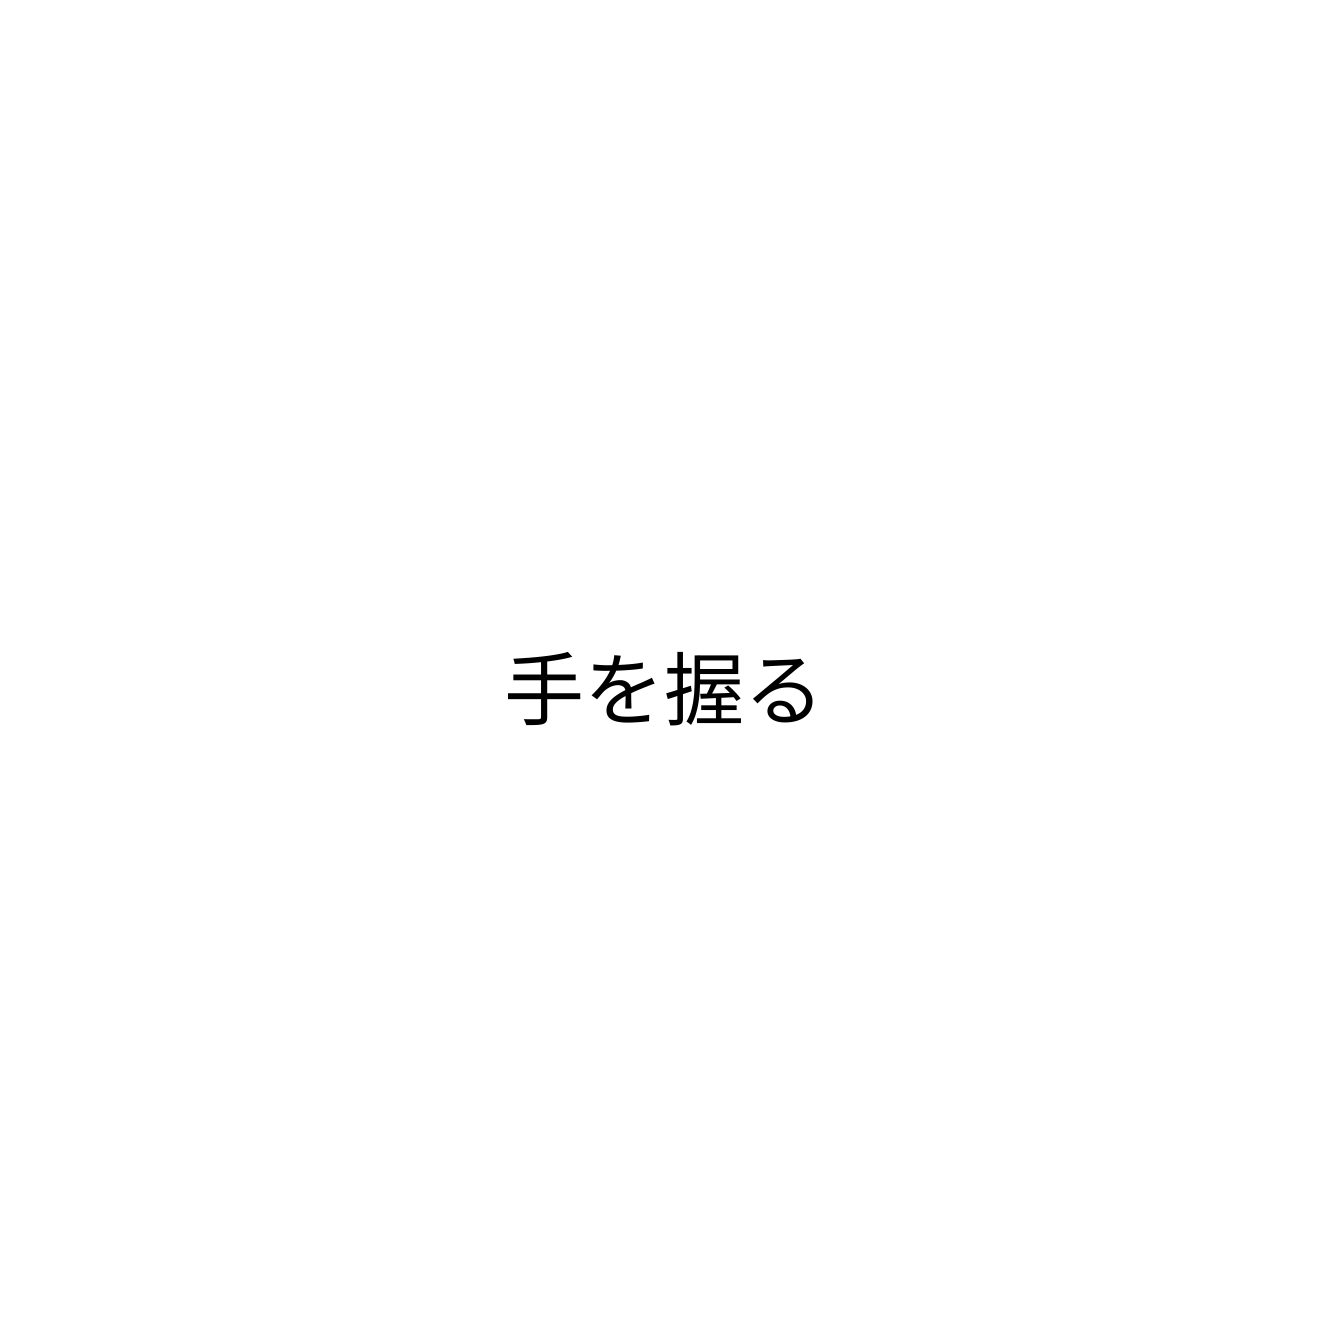
手を握る